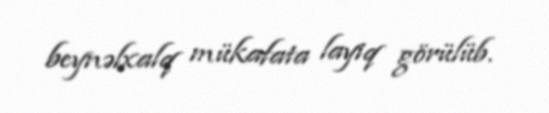
beynəlxalq mükafata layiq görülüb.